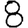
Digit: 8